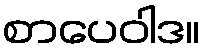
စာပေဝါဒ။